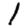
Digit: 1